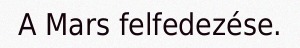
A Mars felfedezése.